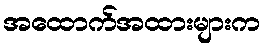
အထောက်အထားများက